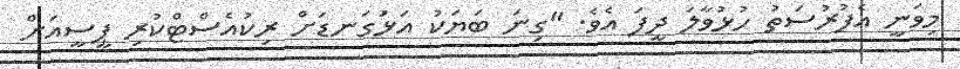
މިވަނީ އެފުރުސަތު ހުޅުވާލަ ދީފަ އެވެ. "ގިނަ ބަޔަކު އަޅުަގަނޑަށް ރިކުއެސްޓްކުރި ޕީސީއަށް